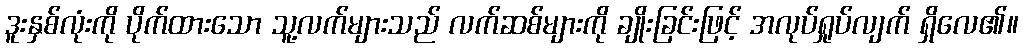
ဒူးနှစ်လုံးကို ပိုက်ထားသော သူ့လက်များသည် လက်ဆစ်များကို ချိုးခြင်းဖြင့် အလုပ်ရှုပ်လျက် ရှိလေ၏။